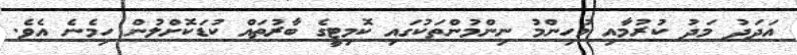
އަދަދު މަދު ކުރުމާއި މުހިންމު ނިންމުންތަކުގައި ކޮމިޓީގެ ބާރުތައް ކުޑަކޮށްލުން ހިމެނެ އެވެ.